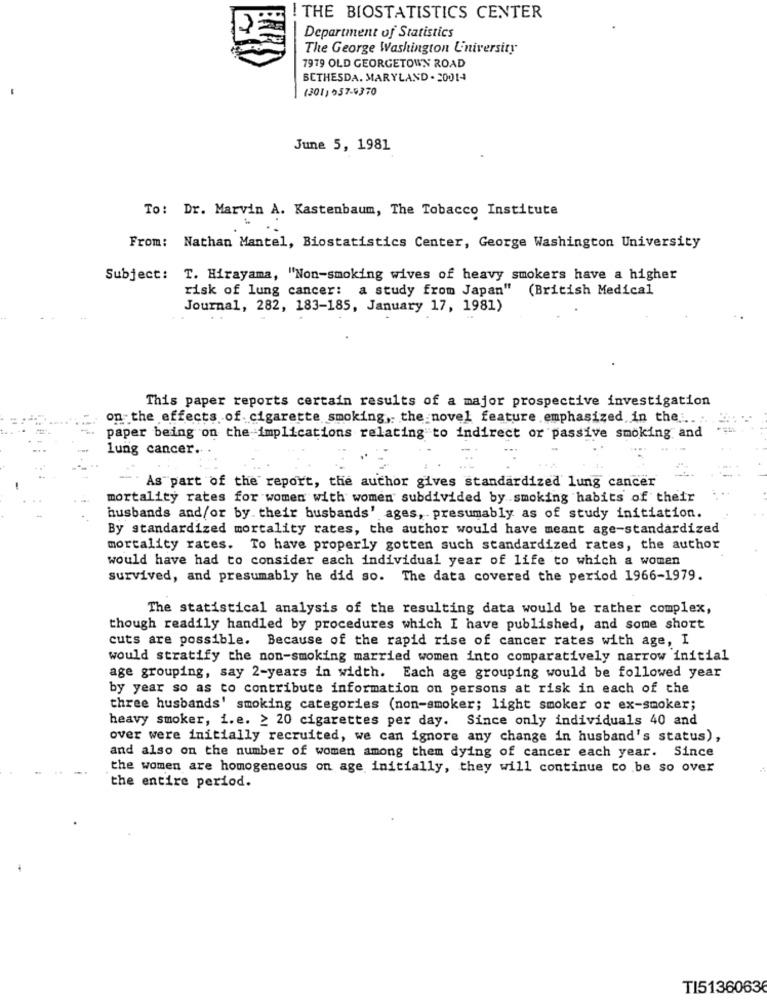
! THE BIOSTATISTICS CENTER
Department of Statistics
The George Washington University
7979 OLD GEORGETOWN ROAD
BETHESDA. MARYLAND . 20014
(301) 957-9370
June 5, 1981
To: Dr. Marvin A. Kastenbaum, The Tobacco Institute
From: Nathan Mantel, Biostatistics Center, George Washington University
Subject: T. Hirayama, "Non-smoking wives of heavy smokers have a higher
risk of lung cancer: a study from Japan"
(British Medical
Journal, 282, 183-185, January 17, 1981)
This paper reports certain results of a major prospective investigation
on the effects of cigarette smoking, the novel feature emphasized in the ...
paper being on the implications relating to indirect or passive smoking and
lung cancer.
As part of the report, the author gives standardized lung cancer
mortality rates for women with women subdivided by smoking habits of their
husbands and/or by. their husbands' ages, presumably as of study initiation.
By standardized mortality rates, the author would have meant age-standardized
mortality rates. To have properly gotten such standardized rates, the author
would have had to consider each individual year of life to which a women
survived, and presumably he did so. The data covered the period 1966-1979.
The statistical analysis of the resulting data would be rather complex,
though readily handled by procedures which I have published, and some short
cuts are possible. Because of the rapid rise of cancer rates with age, I
would stratify the non-smoking married women into comparatively narrow initial
age grouping, say 2-years in width. Each age grouping would be followed year
by year so as to contribute information on persons at risk in each of the
three husbands' smoking categories (non-smoker; light smoker or ex-smoker;
heavy smoker, i.e. ≥ 20 cigarettes per day. Since only individuals 40 and
over were initially recruited, we can ignore any change in husband's status),
and also on the number of women among them dying of cancer each year. Since
the women are homogeneous on age initially, they will continue to be so over
the entire period.
TI5136063